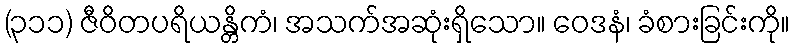
(၃၁၁) ဇီဝိတပရိယန္တိကံ၊ အသက်အဆုံးရှိသော။ ဝေဒနံ၊ ခံစားခြင်းကို။